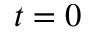
t = 0